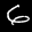
Digit: 6